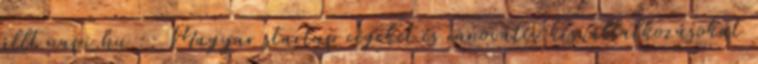
állt napi.hu :: Magyar startup cégeket és innovatív kisvállalkozásokat